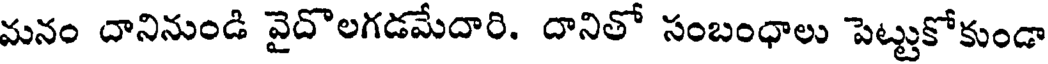
మనం దానినుండి వైదొలగడమేదారి. దానితో సంబంధాలు పెట్టుకోకుండా